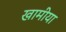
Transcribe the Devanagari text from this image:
खामीया